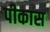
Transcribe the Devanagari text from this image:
पीकास